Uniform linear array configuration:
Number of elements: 16
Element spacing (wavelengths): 0.75
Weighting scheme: cosine
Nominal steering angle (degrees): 15
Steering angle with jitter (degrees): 14.446
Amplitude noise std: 0.05
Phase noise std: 0.05

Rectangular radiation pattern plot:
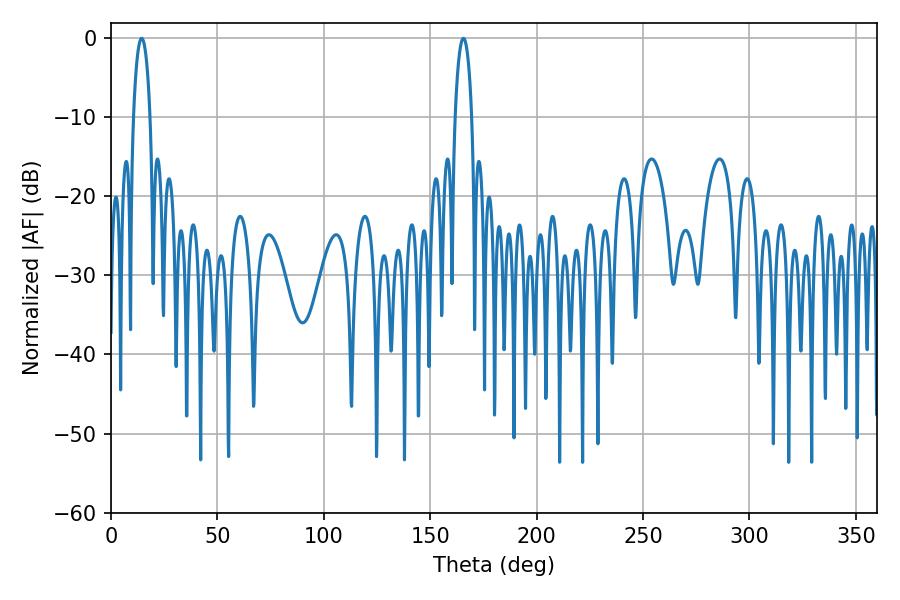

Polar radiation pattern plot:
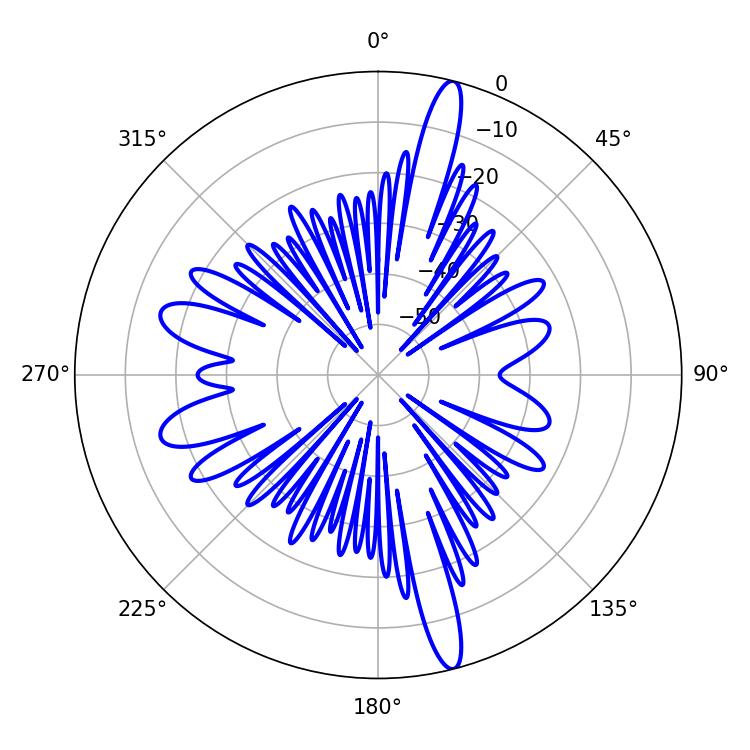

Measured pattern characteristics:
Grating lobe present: TRUE
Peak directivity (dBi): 17.879
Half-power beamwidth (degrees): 4.32
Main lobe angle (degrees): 14.4